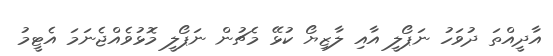
އާދީއްތަ ދުވަހު ނަޕޯލީ އާއި ލާޒިޔޯ ކުޅޭ މެޗުން ނަޕޯލީ މޮޅުވެއްޖެނަމަ އެޓީމު